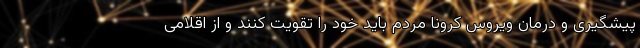
پیشگیری و درمان ویروس کرونا مردم باید خود را تقویت کنند و از اقلامی